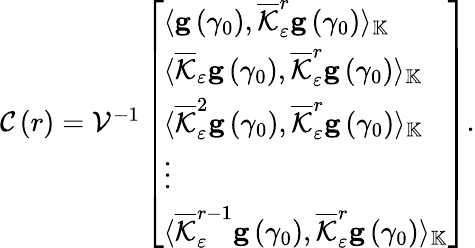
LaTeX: \begin{array}{r}{\mathcal{C}\left(r\right)=\mathcal{V}^{-1}\left[\begin{array}{l}{\langle\mathbf{g}\left(\gamma_{0}\right),\overline{{\mathcal{K}}}_{\varepsilon}^{r}\mathbf{g}\left(\gamma_{0}\right)\rangle_{\mathbb{K}}}\\ {\langle\overline{{\mathcal{K}}}_{\varepsilon}\mathbf{g}\left(\gamma_{0}\right),\overline{{\mathcal{K}}}_{\varepsilon}^{r}\mathbf{g}\left(\gamma_{0}\right)\rangle_{\mathbb{K}}}\\ {\langle\overline{{\mathcal{K}}}_{\varepsilon}^{2}\mathbf{g}\left(\gamma_{0}\right),\overline{{\mathcal{K}}}_{\varepsilon}^{r}\mathbf{g}\left(\gamma_{0}\right)\rangle_{\mathbb{K}}}\\ {\vdots}\\ {\langle\overline{{\mathcal{K}}}_{\varepsilon}^{r-1}\mathbf{g}\left(\gamma_{0}\right),\overline{{\mathcal{K}}}_{\varepsilon}^{r}\mathbf{g}\left(\gamma_{0}\right)\rangle_{\mathbb{K}}}\end{array}\right].}\end{array}